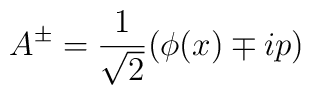
A^\pm=\frac{1}{\sqrt{2}}(\phi(x)\mp i p)